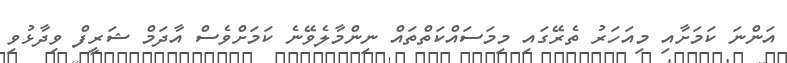
އަންނަ ކަމަށާއި މިއަހަރު ތެރޭގައި މިމަސައްކަތްތައް ނިންމާލެވޭނެ ކަމަަށްވެސް އާދަމް ޝަރީފް ވިދާޅުވި